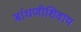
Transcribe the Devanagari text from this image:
बांधणीशिवाय